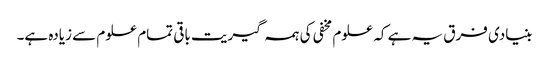
بنیادی فرق یہ ہے کہ علوم مخفی کی ہمہ گیریت باقی تمام علوم سے زیادہ ہے۔